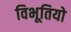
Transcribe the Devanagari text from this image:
विभूतियो